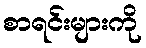
စာရင်းများကို